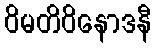
ဝိမတိဝိနောဒနီ